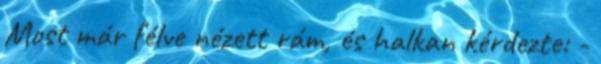
Most már félve nézett rám, és halkan kérdezte: -